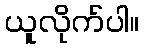
ယူလိုက်ပါ။